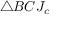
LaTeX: \triangle B C J _ { c }